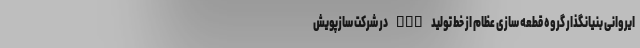
ایروانی بنیانگذار گروه قطعه سازی عظام از خط تولید ECU در شرکت سازپویش